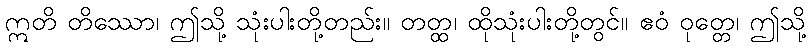
ဣတိ တိဿော၊ ဤသို့ သုံးပါးတို့တည်း။ တတ္ထ၊ ထိုသုံးပါးတို့တွင်။ ဧဝံ ဝုတ္တေ၊ ဤသို့